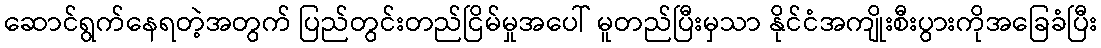
ဆောင်ရွက်နေရတဲ့အတွက် ပြည်တွင်းတည်ငြိမ်မှုအပေါ် မူတည်ပြီးမှသာ နိုင်ငံအကျိုးစီးပွားကိုအခြေခံပြီး